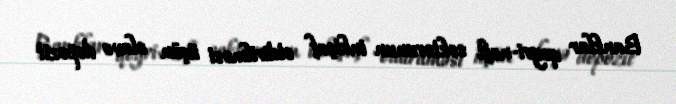
Banklar qeyri-neft sektorunun inkişaf etdirilməsi üçün əlavə depozit